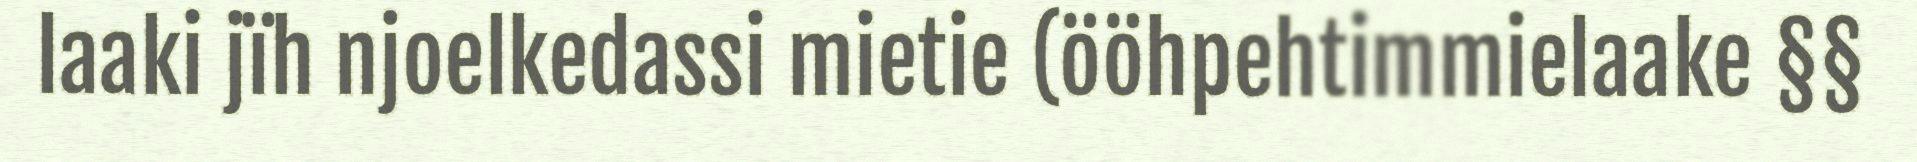
laaki jïh njoelkedassi mietie (ööhpehtimmielaake §§